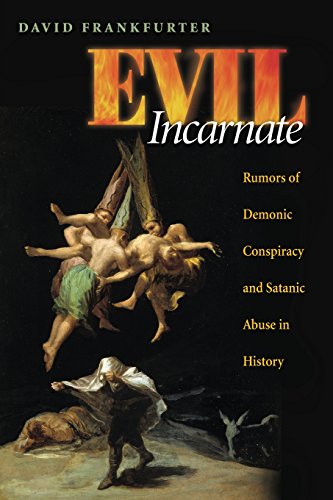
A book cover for Evil Incarnate: Rumors of Demonic Conspiracy and Satanic Abuse in History; David Frankfurter; Politics & Social Sciences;